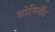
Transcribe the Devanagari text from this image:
ओमितींद